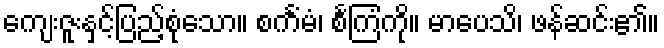
ကျေးဇူးနှင့်ပြည့်စုံသော။ စင်္ကံမံ၊ စင်္ကြံကို။ မာပေသိ၊ ဖန်ဆင်း၏။